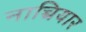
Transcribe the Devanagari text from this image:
नाच्चियार